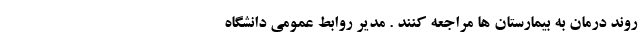
روند درمان به بیمارستان ها مراجعه کنند . مدیر روابط عمومی دانشگاه